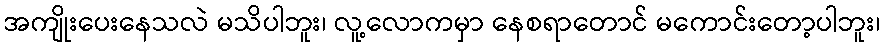
အကျိုးပေးနေသလဲ မသိပါဘူး၊ လူ့လောကမှာ နေစရာတောင် မကောင်းတော့ပါဘူး၊